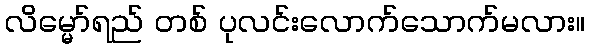
လိမ္မော်ရည် တစ် ပုလင်းလောက်သောက်မလား။